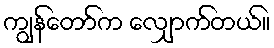
ကျွန်တော်က လျှောက်တယ်။